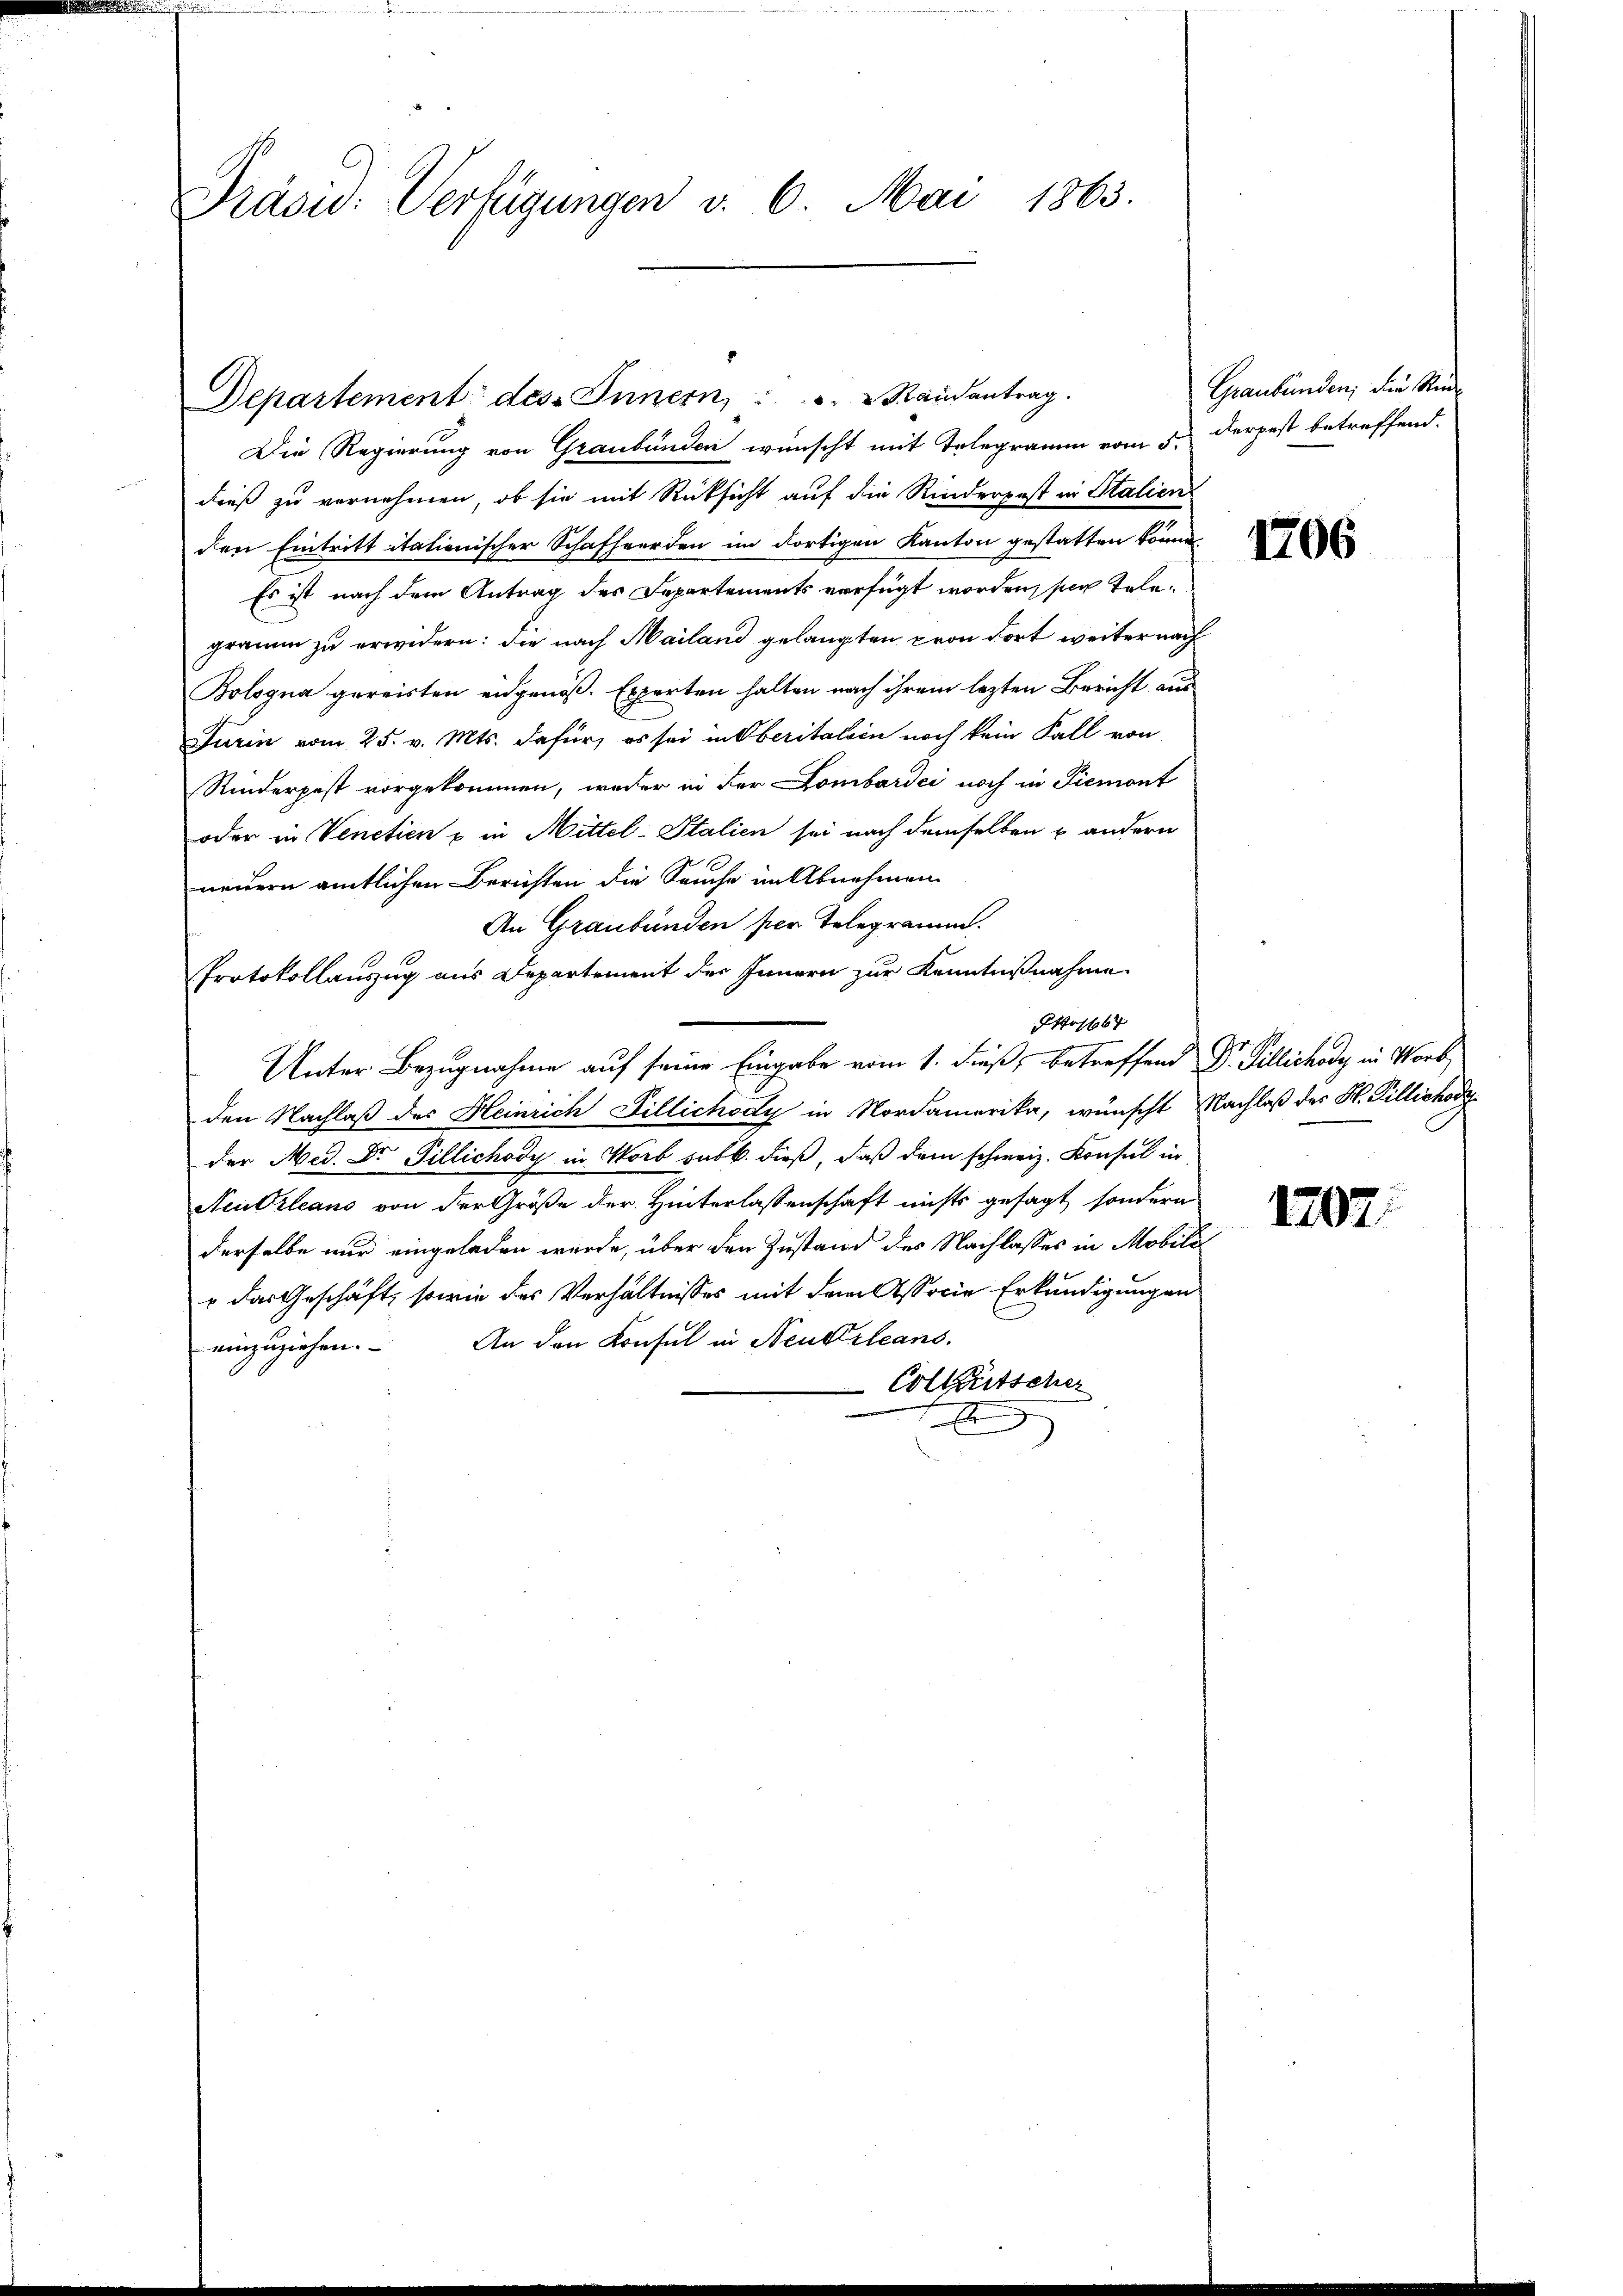
Präsu: Verfügungen v. 6. Mai 1863.

Die Regierung von Graubünden wünscht mit Telegramm vom 5. Derpest betreffend.
dieß zu vernehmen, ob sie mit Rücksicht auf die Rinderpost in Stalien
den Eintritt itationischer Schafherden im dortigen Kanton gestatten könne.
Es ist nach dem Antrag des Departements verfügt worden, so telegramm zu erwidern: die nach Mailand gelangten von dort weiter nach
Bologna gereisten eidgenöß. Experten halten nach ihrem lezten Bericht aus
Turin vom 25. v. Mts. dafür, es sei in Oberitalein noch kein Fall von
Rinderpest vorgekommen, weder in der Lombardii noch in Piemont
oder in Venetien u in Mittel-Stalien sei nach demselben u andern
neuern amtlichen Berichten die Sauche im Abnehmen
An Graubünden per Telegramm.
Protokollauszug aus Departement des Innern zur Kenntnißnahme
o1667
Unter Bezugnahme auf seine Eingabe vom 1. Fuß, betreffend Dr. Fillichody in Worb,
den Nachlaß der Heinrich Tillichody in Nordamerika, wünscht Nachlaß des H. Villichody
der Med. Dr Tillichody in Worb sub b. dieß, daß dem schweiz. Konsul in
Neubileans von der Größe der Hinterlassenschaft nichts gesagt, sondern
derselbe nur eingeladen wurde, über den Zustand des Nachlasses in Mobili
 das Geschäft, sowie des Verhältnisses mit dem Associe Erkundigungen
einzuziehen. An den Konsul in Neukrleans
Collaritscher
.

Departement des Innern,                       Randantrag.

Graubünden; die Rede

1202